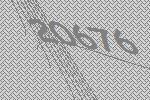
20676